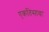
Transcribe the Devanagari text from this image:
एकतिसावा